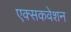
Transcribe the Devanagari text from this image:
एक्सकवेशन